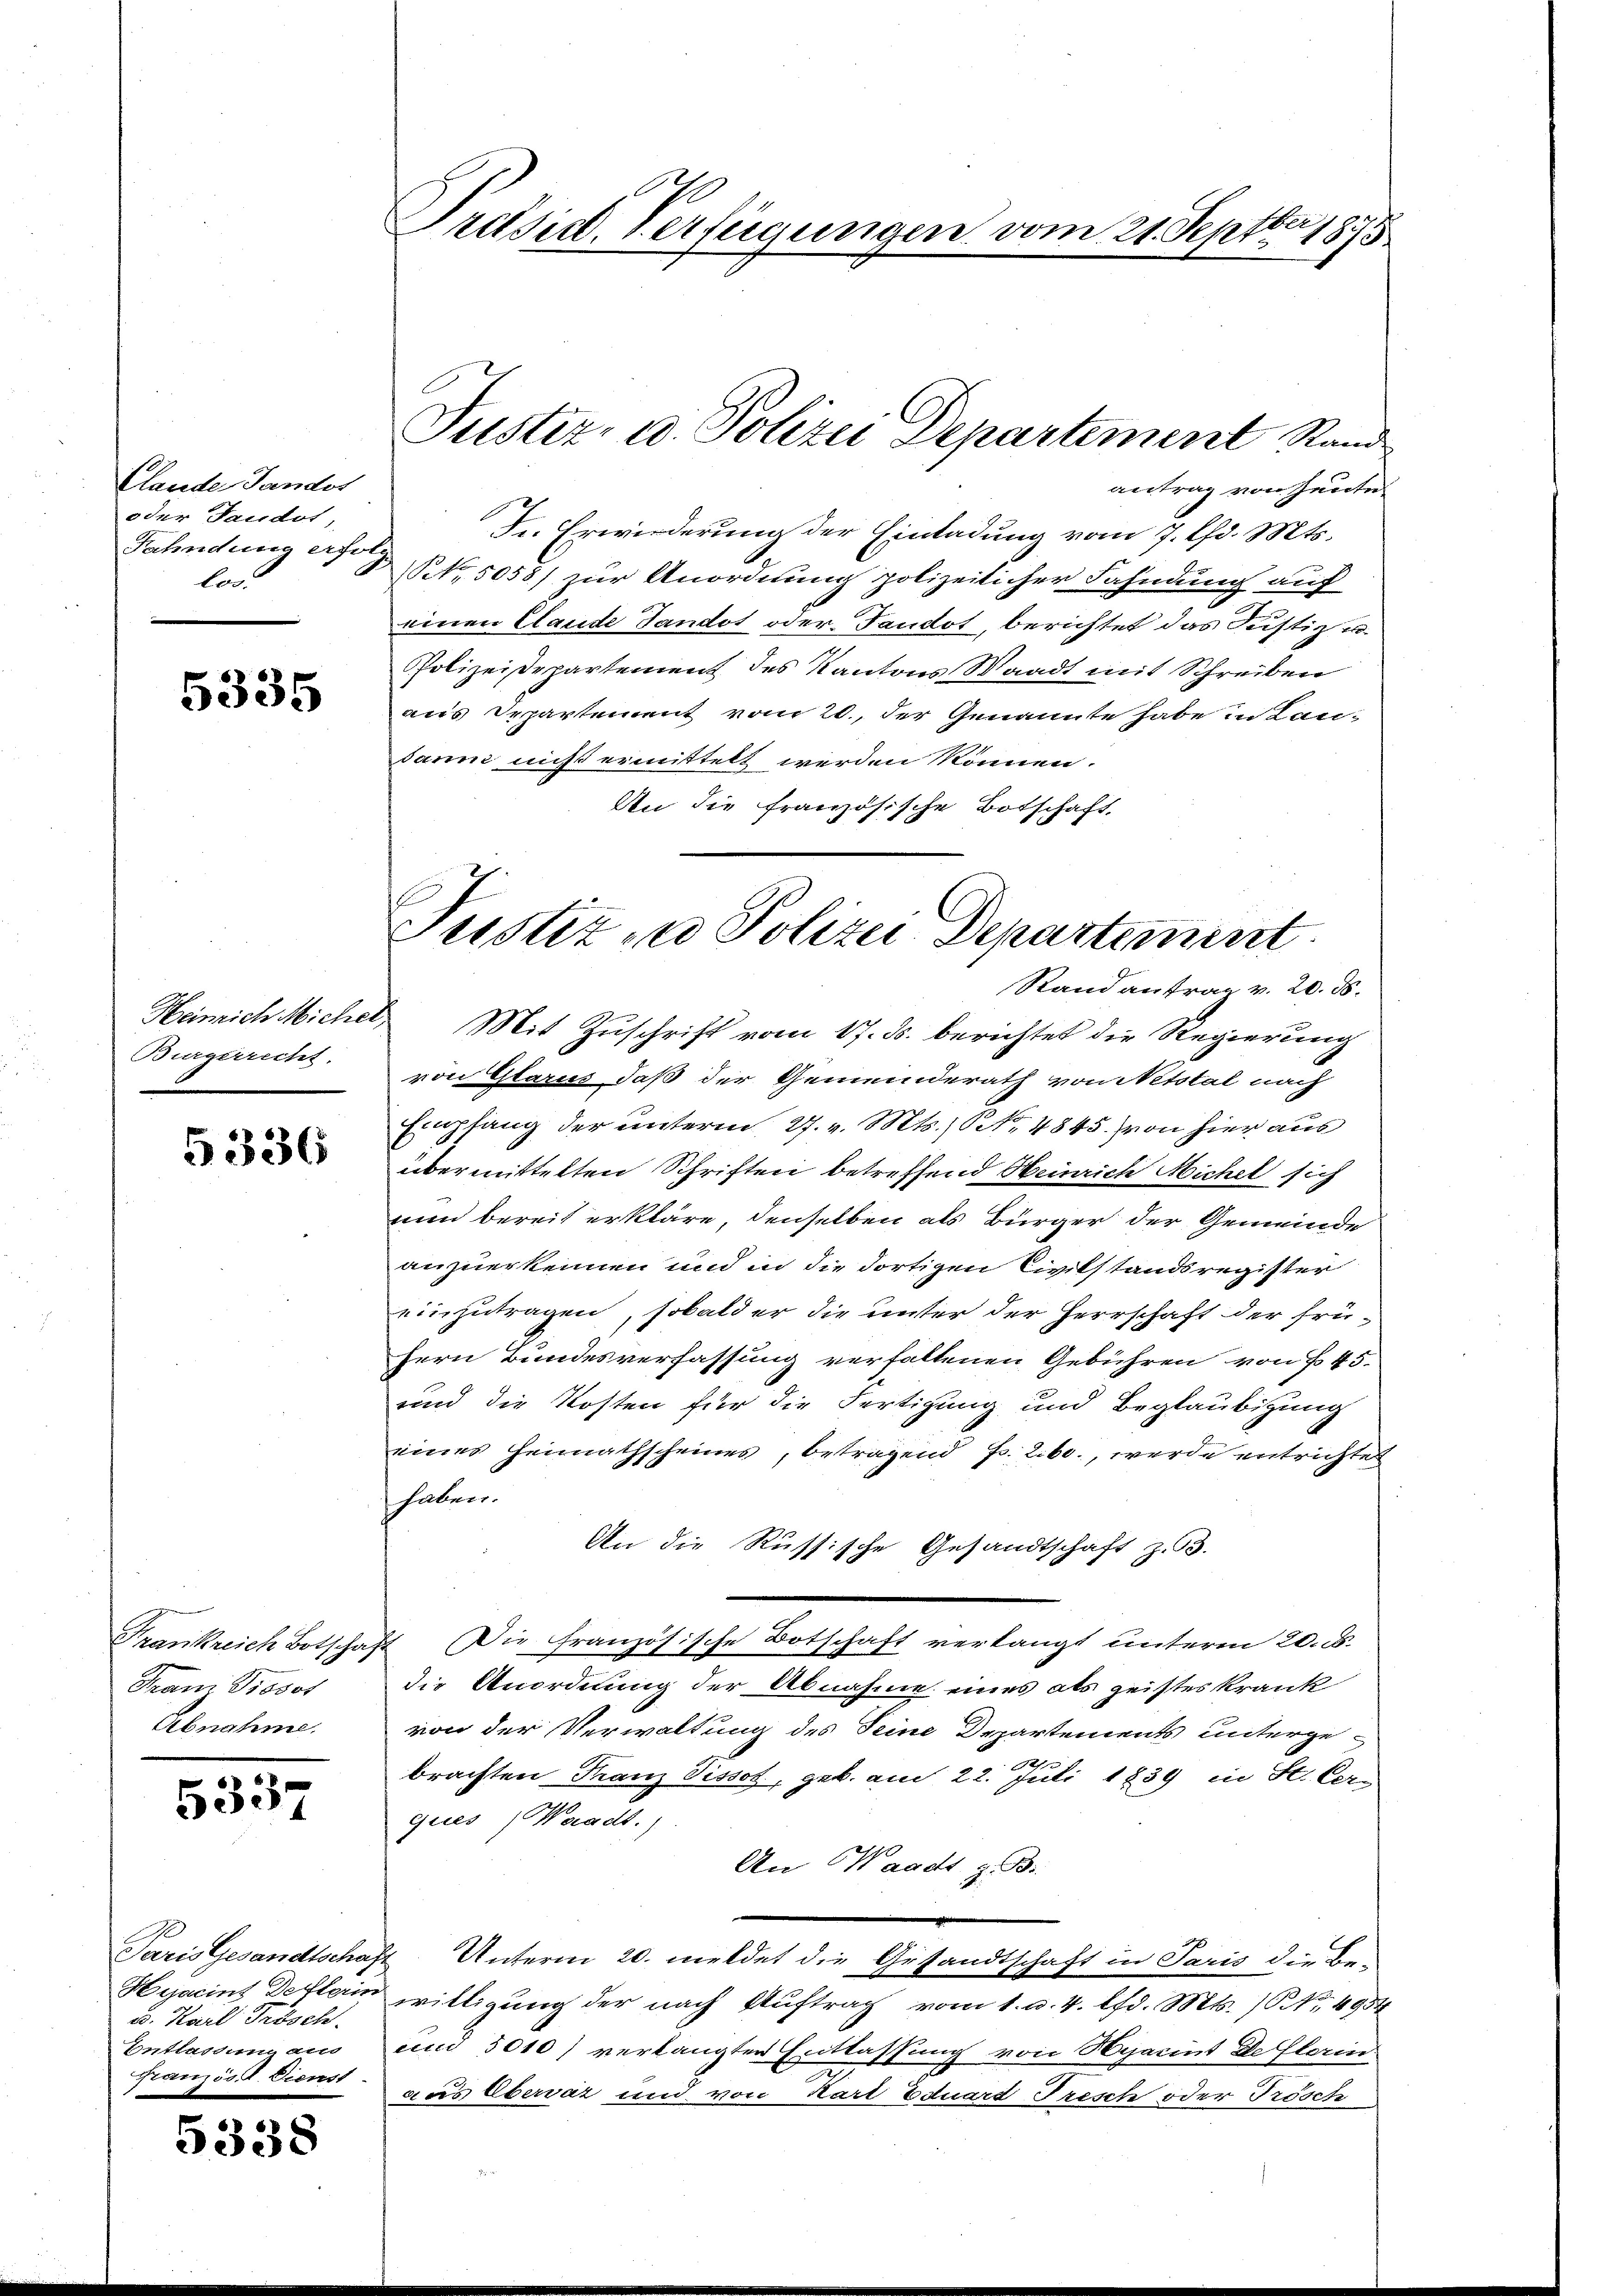
Clande Tandos
oder Taudot,
Fahndung erfor
los.

5335

Burgerrecht.

5336

Frankreich Botschaf
Franz Posot
Ebnahme.

5337

Paris Gesandtschaft
u. Karl Frösch
Entlassung an
Französ. 2. Dienst

5338

Präsid. Verfügungen vom 21. Septbr 1815

Justiz- u. Polizei Departement Rand

antrag von heute
In Erwiederung der Einladung vom 7. Chr. Mts.
NNo. 5058) zur Anordnung polizeilicher Fahndung auf
einen Claude Tandot oder Tandot, berichtet das Justiz u.
Polizeidepartement des Kantons Waadt mit Schreiben
aus Departement vom 20. der Genannte habe in Landann nicht ermittelt werden können.
An die französische Botschaft,
Randantrag v. 20. d.
Heinrich Michel, Mit Zuschrift vom 17. ds. berichtet die Regierung
von Glarus, daß der Gemeinderath von Netstal nach
Empfang der unterm 27. v. Mts. S. 4845. von hier aus
übermittelten Schriften betreffend Heinrich Michel sich
nun bereit erkläre, denselben als Bürger der Gemeinde
anzuerkennen und in die dortigen Civilstandsregister
einzutragen, sobald er die unter der Herrschaft der frü¬
Hern Bundesverfassung verfallenen Gebühren von § 45.
und die Kosten für die Fertigung und Beglaubigung
eines Heimathscheines, betragend Fr. 260., werde entrichtet
haben.
An die Russische Gesandtschaft z. B.
Die Französische Botschaft verlangt unterm 20. d.
die Anordnung der Abnahme eines als geistes krank
von der Verwaltung des Seine Departements untergebrachten Franz Pissot, geb. am 22. Juli 1839 in St. Cern
ques Waadt.)
An Waadt, z. B.
Unterm 20. meldet die Gesandtschaft in Paris die Be-
Hyacins Deflerin willigung der nach Auftrag vom 1. d. 4. lfd. Mts. (NNo. 4934
und 5010) verlangten Erblassung von Hyacint de Florin
aus Obervat und von Karl Eduard Tresch oder Trösch

Justiz- u Polizei Departement